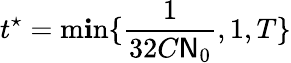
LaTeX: t^{\star}=\displaystyle\operatorname*{m\mathbf{i}n}\{ \frac{{1}}{{32C\mathsf{{N}}_{0}}},1,T\}